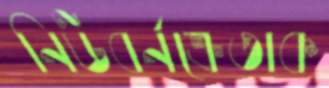
নিউবর্নক্রেতাক